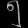
Digit: ၅